Sketch of the medical history of the native army of Bombay, for the year
Year: 1875
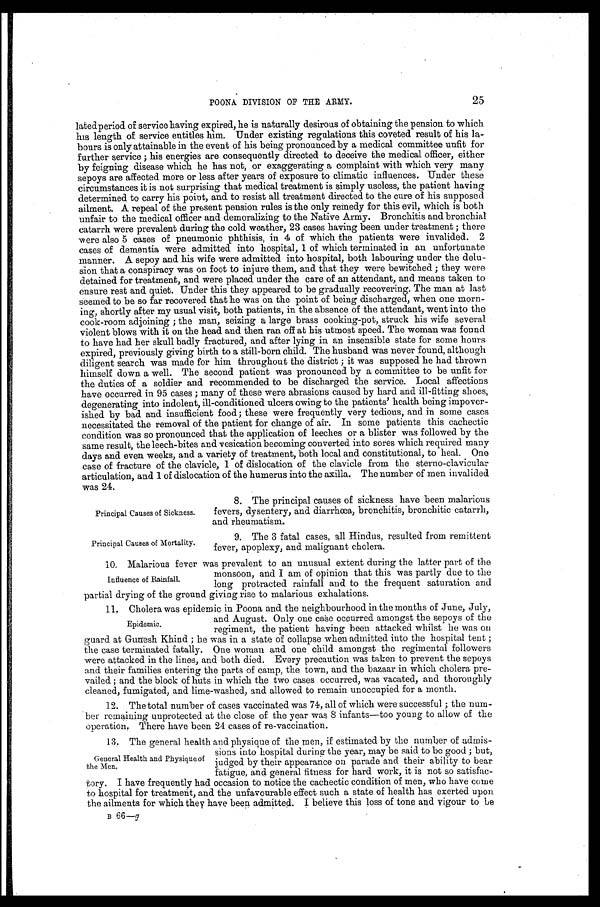
Principal Causes of Sickness.
Principal Causes of Mortality.
25
POONA DIVISION OF THE ARMY.
latedperiod of service having expired, he is naturally desirous of obtaining the pension to which
his length of service entitles him. Under existing regulations this coveted result of his la--
bours is only attainable in the event of his being pronounced by a medical committee unfit for
further service; his energies are consequently directed to deceive the medical officer, either
by feigning disease which he has not, or exaggerating a complaint with which very many
sepoys are affected more or less after years of exposure to climatic influences. Under these
circumstances it is not surprising that medical treatment is simply useless, the patient having
determined to carry his point, and to resist all treatment directed to the cure of his supposed
ailment. A repeal of the present pension rules is the only remedy for this evil, which is both
unfair to the medical officer and demoralizing to the Native Army. Bronchitis and bronchial
catarrh were prevalent during the cold weather, 23 cases having been under treatment; there
were also 5 cases of pneumonic phthisis, in 4 of which the patients were invalided. 2
cases of dementia were admitted into hospital, 1 of which terminated in an unfortunate
manner. A sepoy and his wife were admitted into hospital, both labouring under the delu
-sion that a conspiracy was on foot to injure them, and that they were bewitched; they were
detained for treatment, and were placed under the care of an attendant, and means taken to
ensure rest and quiet. Under this they appeared to be gradually recovering. The man at last
seemed to be so far recovered that he was on the point of being discharged, when one mor-n
ing, shortly after my usual visit, both patients, in the absence of the attendant, went into the
cook-room adjoining; the man, seizing a large brass cooking-pot, struck his wife several
violent blows with it on the head and then ran off at his utmost speed. The woman was found
to have had her skull badly fractured, and after lying in an insensible state for some hours
expired, previously giving birth to a still-born child. The husband was never found, although
diligent search was made for him throughout the district; it was supposed he had thrown
himself down a well. The second patient was pronounced by a committee to be unfit for
the duties of a soldier and recommended to be discharged the service. Local affections
have occurred in 95 cases; many of these were abrasions caused by hard and ill-fitting shoes,
degenerating into indolent, ill-conditioned ulcers owing to the patients' health being impover
-ished by bad and insufficient food; these were frequently very tedious, and in some cases
necessitated the removal of the patient for change of air. In some patients this cachectic
condition was so pronounced that the application of leeches or a blister was followed by the
same result, the leech-bites and vesication becoming converted into sores which required many
days and even weeks, and a variety of treatment, both local and constitutional, to heal. One
case of fracture of the clavicle, 1 of dislocation of the clavicle from the sterno-clavicular
articulation, and 1 of dislocation of the humerus into the axilla. The number of men invalided
was 24.
8. The principal causes of sickness have been malarious
fevers, dysentery, and diarrhœa, bronchitis, bronchitic catarrh,
and rheumatism.
9. The 3 fatal cases, all Hindus, resulted from remittent
fever, apoplexy, and malignant cholera.
1 0 M a l a r i o u s f e v e r w a s p r e v a l e n t t o a n u n u s u a l e x t e n t d u r i n g t h e l a t t e r p a r t o f t h e
monsoon, and I am of opinion that this was partly due to the
long protracted rainfall and to the frequent saturation and
partial drying of the ground giving rise to malarious exhalations.
11. Cholera was epidemic in Poona and the neighbourhood in the months of June, July,
and August. Only one case occurred amongst the sepoys of the
regiment, the patient having been attacked whilst he was on
guard at Gunesh Khind; he was in a state of collapse when admitted into the hospital tent;
the case terminated fatally. One woman and one child amongst the regimental followers
were attacked in the lines, and both died. Every precaution was taken to prevent the sepoys
and their families entering the parts of camp, the town, and the bazaar in which cholera pre
-vailed; and the block of huts in which the two cases occurred, was vacated, and thoroughly
cleaned, fumigated, and lime-washed, and allowed to remain unoccupied for a month.
12. The total number of cases vaccinated was 74, all of which were successful; the num
- b e r r e m a i n i n g u n p r o t e c t e d a t t h e c l o s e o f t h e y e a r w a s 8 i n f a n t s — t o o y o u n g t o a l l o w o f t h e
operation. There have been 24 cases of re-vaccination.
13. The general health and physique of the men, if estimated by the number of admis
-sions into hospital during the year, may be said to be good; but,
judged by their appearance on parade and their ability to bear
fatigue, and general fitness for hard work, it is not so satisfac
- t o r y . I h a v e f r e q u e n t l y h a d o c c a s i o n t o n o t i c e t h e c a c h e c t i c c o n d i t i o n o f m e n , w h o h a v e c o m e
to hospital for treatment, and the unfavourable effect such a state of health has exerted upon
the ailments for which they have been admitted. I believe this loss of tone and vigour to be
B 66— g
Influence of Rainfall.
Epidemic.
General Health and Physique of
the Men.